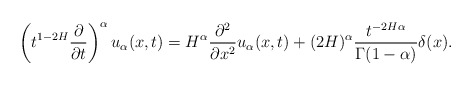
\begin{align*}\left(t^{1-2H}\frac{\partial}{\partial t}\right)^{\alpha} u_{\alpha}(x,t)= H^{\alpha}\frac{\partial^2}{\partial x^2}u_{\alpha}(x,t)+(2H)^{\alpha} \frac{t^{-2H\alpha}}{\Gamma(1-\alpha)}\delta(x).\end{align*}